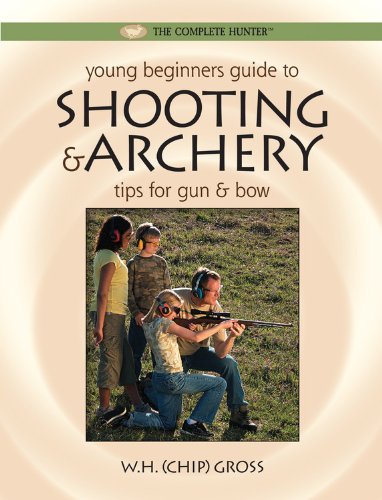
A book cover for Young Beginner's Guide to Shooting & Archery: Tips for Gun and Bow (The Complete Hunter); W.H. "Chip" Gross; Sports & Outdoors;